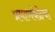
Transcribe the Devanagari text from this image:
प्रमाणवेळेचा